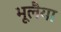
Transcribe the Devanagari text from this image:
भूलैया